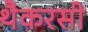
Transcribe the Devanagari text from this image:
थैकरसी